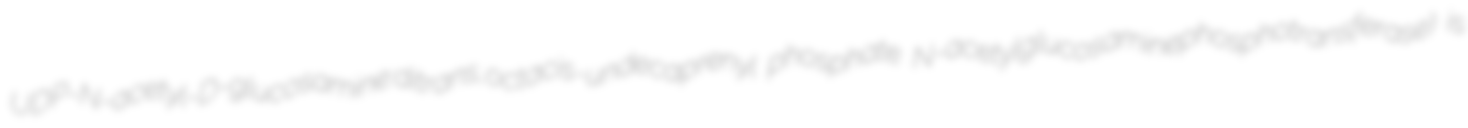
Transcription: UDP-N-acetyl-D-glucosamine:ditrans,octacis-undecaprenyl phosphate N-acetylglucosaminephosphotransferase) is